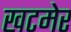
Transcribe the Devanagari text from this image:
खटमेर